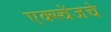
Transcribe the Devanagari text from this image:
एक्स्चेंजचे